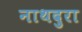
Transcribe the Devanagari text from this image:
नाथदुरा